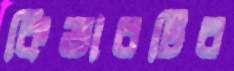
কিতাবটির